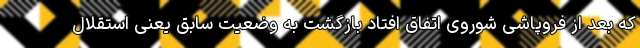
که بعد از فروپاشی شوروی اتفاق افتاد بازگشت به وضعیت سابق یعنی استقلال